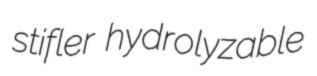
stifler hydrolyzable